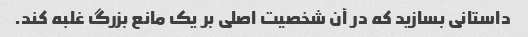
داستانی بسازید که در آن شخصیت اصلی بر یک مانع بزرگ غلبه کند.